Report of the Hyderabad Chloroform Commission
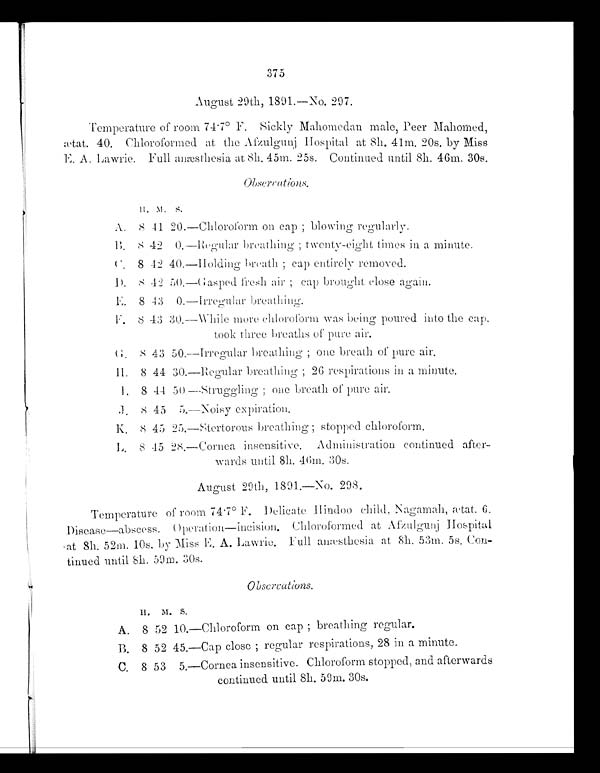
375
August 20th, 1891.—No. 297.
Temperature of room 74.7° F. Sickly Mahomedan male, Peer Mahomed,
ætat. 40. Chloroformed at the Afzulgunj Hospital at 8h. 41m. 20s. by Miss
E. A. Lawrie. Full anæsthesia at 8h. 45m. 25s. Continued until 8h. 46m. 30s.
O b s e r v a t i o n s .
H. M.
S.
A.
8
41 20.
—Chloroform on cap; blowing regularly.
B.
8
42
0.
—-Regular breathing; twenty-eight times in a minute.
C.
8 42
40.
—Holding breath; cap entirely removed.
D.
8 42
50.
—Gasped fresh air; cap brought close again.
E.
8 43
0.
—Irregular breathing.
F.
8 43 30.
—While more chloroform was being poured into the cap.
took three breaths of pure air.
G.
8
43
50.
—Irregular breathing; one breath of pure air.
H.
8 44 30.
Regular breathing; 26 respirations in a minute.
I .
8 44 50.—Struggling; one breath of pure air.
J.
8 45
5.
—Noisy expiration.
K.
8
4 5 25.
—Stertorous breathing; stopped chloroform.
L.
8 45 28.
—Cornea insensitive. Administration continued after
-
wards until 8h. 46m. 30s.
August 29th, 1891.—No. 298.
Temperature of room 74.7° F. Delicate Hindoo child, Nagamah, ætat. 6.
Disease—abscess. Operation—incision. Chloroformed at Afzulgunj Hospital
at 8h. 52m. 10s. by Miss E. A. Lawrie. Full anæsthesia at 8h. 53m. 5s. Co
n -
tinued until 8h. 59m. 30s.
O b s e r v a t i o n s .
H.
M.
S.
A.
8 52
1 0 .
—Chloroform on cap; breathing regular.
B.
8 52
4 5 .
—Cap close; regular respirations, 28 in a minute.
C.
8 53
5.
—Cornea insensitive. Chloroform stopped, and afterwards
continued until 8h. 59m. 30s.